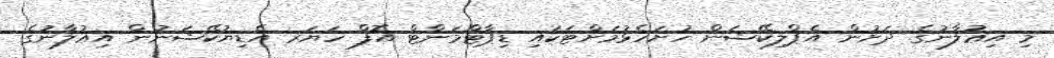
މި އިޢުލާނުގެ ދަށުން އެޕްލިކޭޝަން ހުށަހެޅުމަށްޓަކައި ޑިޕާޓްމަންޓް އޮފް ހަޔަރ އެޑިޔުކޭޝަނުން އިޢުލާނުގެ